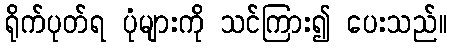
ရိုက်ပုတ်ရ ပုံများကို သင်ကြား၍ ပေးသည်။